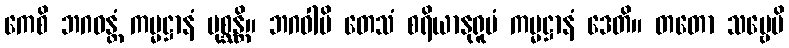
ကေစိ ဘဂဝန္တံ ကမ္မဋ္ဌာနံ ပုစ္ဆန္တိ။ ဘဂဝါပိ တေသံ စရိယာနုရူပံ ကမ္မဋ္ဌာနံ ဒေတိ။ တတော သဗ္ဗေပိ